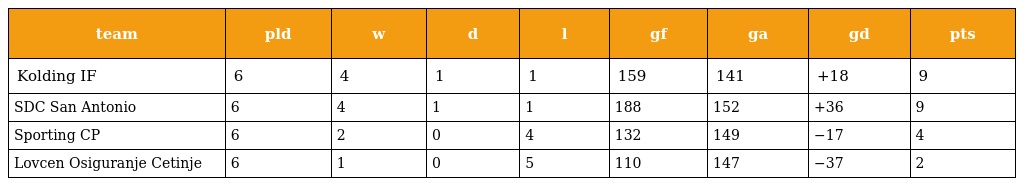
| team | pld | w | d | l | gf | ga | gd | pts |
 | --- | --- | --- | --- | --- | --- | --- | --- | --- |
 | Kolding IF | 6 | 4 | 1 | 1 | 159 | 141 | +18 | 9 |
 | SDC San Antonio | 6 | 4 | 1 | 1 | 188 | 152 | +36 | 9 |
 | Sporting CP | 6 | 2 | 0 | 4 | 132 | 149 | −17 | 4 |
 | Lovcen Osiguranje Cetinje | 6 | 1 | 0 | 5 | 110 | 147 | −37 | 2 |